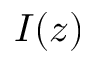
I ( z )